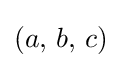
(a,\,b,\,c)